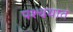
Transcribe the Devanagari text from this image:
पश्चयात